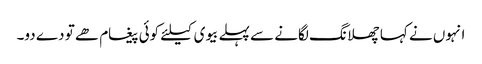
انہوں نے کہا چھلانگ لگانے سے پہلے بیوی کیلئے کوئی پیغام ھے تو دے دو۔